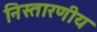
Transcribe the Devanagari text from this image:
निस्तारणीय